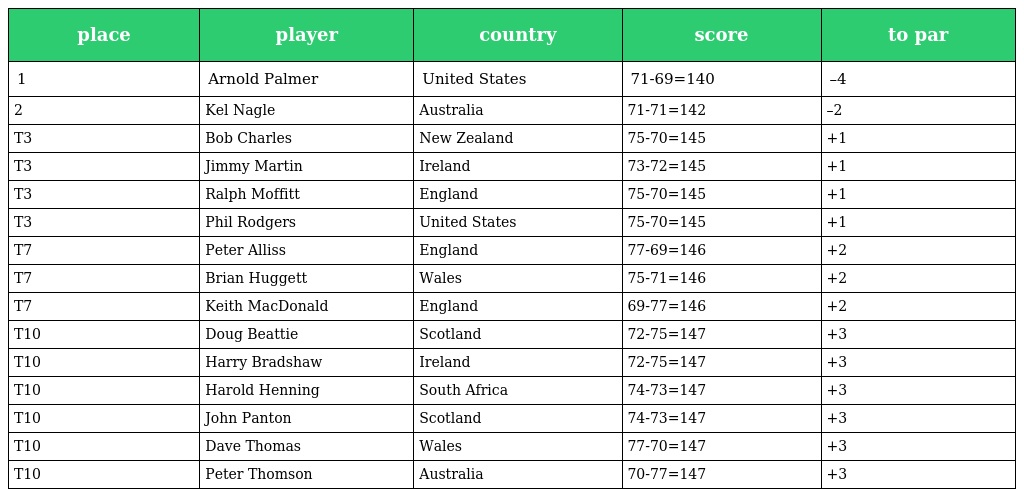
| place | player | country | score | to par |
 | --- | --- | --- | --- | --- |
 | 1 | Arnold Palmer | United States | 71-69=140 | –4 |
 | 2 | Kel Nagle | Australia | 71-71=142 | –2 |
 | T3 | Bob Charles | New Zealand | 75-70=145 | +1 |
 | T3 | Jimmy Martin | Ireland | 73-72=145 | +1 |
 | T3 | Ralph Moffitt | England | 75-70=145 | +1 |
 | T3 | Phil Rodgers | United States | 75-70=145 | +1 |
 | T7 | Peter Alliss | England | 77-69=146 | +2 |
 | T7 | Brian Huggett | Wales | 75-71=146 | +2 |
 | T7 | Keith MacDonald | England | 69-77=146 | +2 |
 | T10 | Doug Beattie | Scotland | 72-75=147 | +3 |
 | T10 | Harry Bradshaw | Ireland | 72-75=147 | +3 |
 | T10 | Harold Henning | South Africa | 74-73=147 | +3 |
 | T10 | John Panton | Scotland | 74-73=147 | +3 |
 | T10 | Dave Thomas | Wales | 77-70=147 | +3 |
 | T10 | Peter Thomson | Australia | 70-77=147 | +3 |